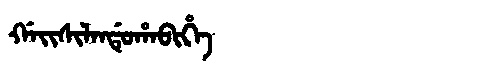
Manchu: ᡤᠠᡳᠰᡳᠯᠠᠨᡩᡠᡥᠠᠪᡳᡥᡝ
Romanization: GAISILANDUHABIHE